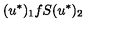
( u ^ { \ast } ) _ { 1 } f S ( u ^ { \ast } ) _ { 2 }